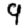
Digit: 9